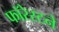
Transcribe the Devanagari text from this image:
फॉरेस्टने